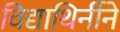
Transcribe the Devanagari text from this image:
विद्याथिर्नीने